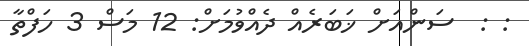
: :  ސަންއަށް ޚަބަރެއް ދެއްވުމަށް: 12 މަސް 3 ހަފްތާ